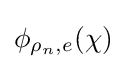
\phi _{\rho _{n},e}(\chi )